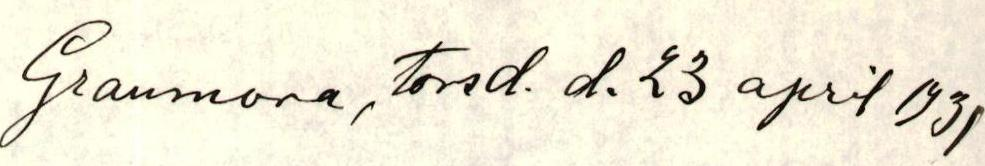
Granmora, Torsd. d. 23 april 1931